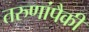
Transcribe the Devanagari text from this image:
तरुणांपैकी